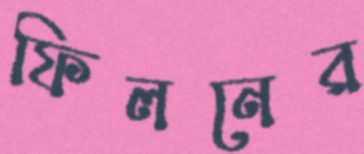
ফিলনের